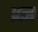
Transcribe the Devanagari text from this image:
प्रज्ञ